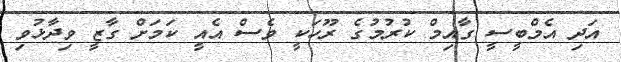
އަދި އެމްބީސީ ގާއިމް ކުރުމުގެ ރޫހަކީ ވެސް އެއީ ކަމަށް ގާޒީ ވިދާޅުވި